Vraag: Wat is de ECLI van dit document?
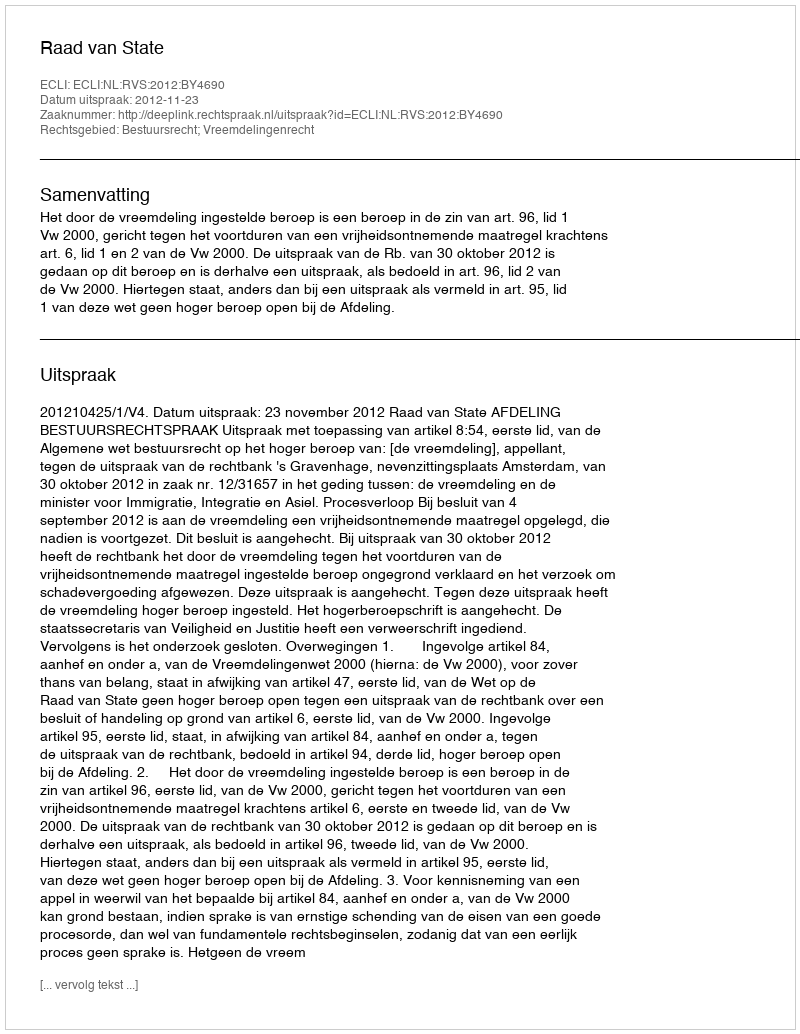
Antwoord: ECLI:NL:RVS:2012:BY4690